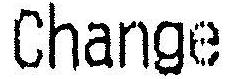
CHANGE